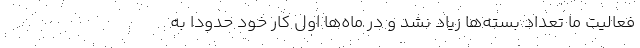
فعالیت ما تعداد بسته‌ها زیاد نشد و در ماه‌ها اول کار خود حدودا به